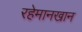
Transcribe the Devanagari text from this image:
रहेमानखान